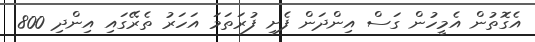
އެގޮތުން އެމީހުން ގަސް އިންދަން ފެށި ފުރަތަމަ އަހަރު ތެރޭގައި އިންދި 800